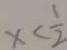
x < \frac { 1 } { 2 }